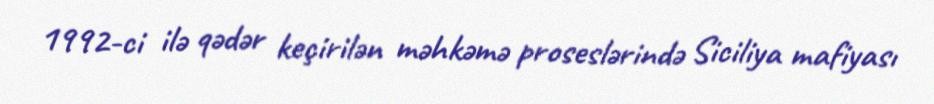
1992-ci ilə qədər keçirilən məhkəmə proseslərində Siciliya mafiyası